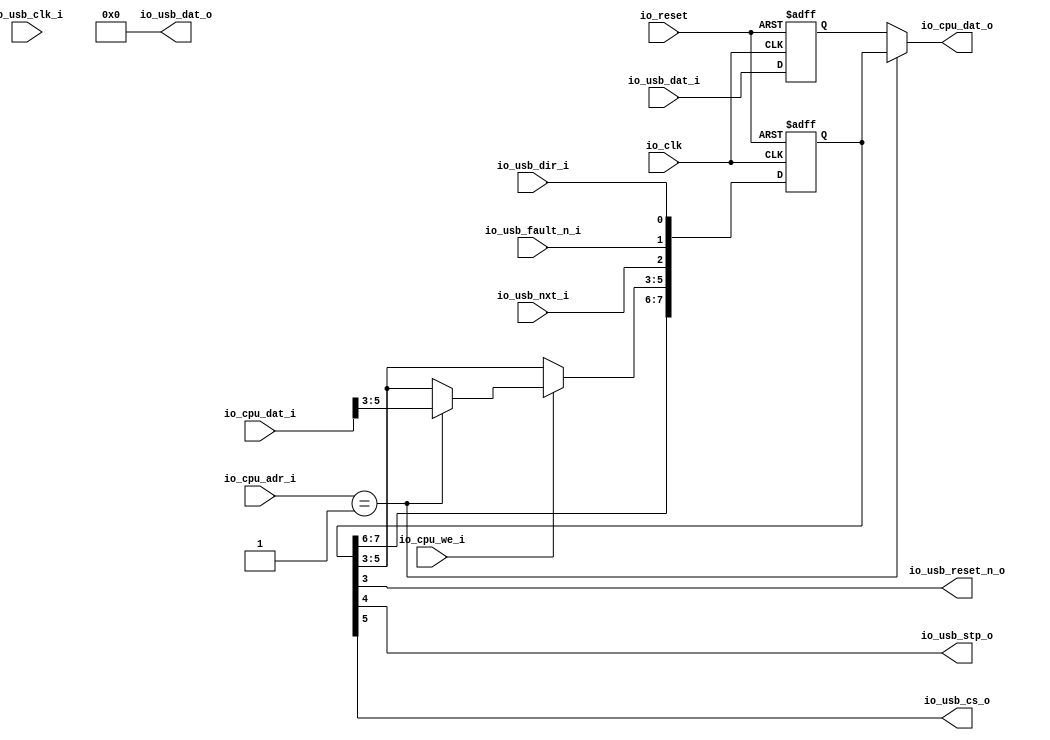
// Generator : SpinalHDL v1.5.0    git head : 83a031922866b078c411ec5529e00f1b6e79f8e7
// Component : TUSB1210
// Git hash  : 666dcbba79181659d0c736eb931d19ec1dc17a25



module TUSB1210 (
  input               io_clk,
  input               io_reset,
  input               io_cpu_we_i,
  input      [7:0]    io_cpu_adr_i,
  input      [7:0]    io_cpu_dat_i,
  output reg [7:0]    io_cpu_dat_o,
  input               io_usb_clk_i,
  input      [7:0]    io_usb_dat_i,
  output     [7:0]    io_usb_dat_o,
  input               io_usb_dir_i,
  input               io_usb_fault_n_i,
  input               io_usb_nxt_i,
  output              io_usb_reset_n_o,
  output              io_usb_stp_o,
  output              io_usb_cs_o
);
  wire                usb_dir;
  wire                usb_fault_n;
  wire                usb_nxt;
  reg        [7:0]    cpuClockDomainArea_send;
  reg        [7:0]    cpuClockDomainArea_rcv;
  reg        [7:0]    cpuClockDomainArea_status;
  wire                when_TUSB1210_l103;

  assign io_usb_reset_n_o = cpuClockDomainArea_status[3];
  assign io_usb_stp_o = cpuClockDomainArea_status[4];
  assign io_usb_cs_o = cpuClockDomainArea_status[5];
  assign io_usb_dat_o = 8'h0;
  assign when_TUSB1210_l103 = (io_cpu_we_i == 1'b1);
  always @(*) begin
    case(io_cpu_adr_i)
      8'h0 : begin
        io_cpu_dat_o = cpuClockDomainArea_rcv;
      end
      8'h01 : begin
        io_cpu_dat_o = cpuClockDomainArea_status;
      end
      default : begin
        io_cpu_dat_o = cpuClockDomainArea_rcv;
      end
    endcase
  end

  assign usb_dir = io_usb_dir_i;
  assign usb_fault_n = io_usb_fault_n_i;
  assign usb_nxt = io_usb_nxt_i;
  always @(posedge io_clk or posedge io_reset) begin
    if(io_reset) begin
      cpuClockDomainArea_send <= 8'h0;
      cpuClockDomainArea_rcv <= 8'h0;
      cpuClockDomainArea_status <= 8'h0;
    end else begin
      cpuClockDomainArea_status[0] <= usb_dir;
      cpuClockDomainArea_status[1] <= usb_fault_n;
      cpuClockDomainArea_status[2] <= usb_nxt;
      cpuClockDomainArea_rcv <= io_usb_dat_i;
      if(when_TUSB1210_l103) begin
        case(io_cpu_adr_i)
          8'h0 : begin
            cpuClockDomainArea_send <= io_cpu_dat_i;
          end
          8'h01 : begin
            cpuClockDomainArea_status[5 : 3] <= io_cpu_dat_i[5 : 3];
          end
          default : begin
          end
        endcase
      end
    end
  end


endmodule